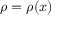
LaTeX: \rho = \rho ( x )